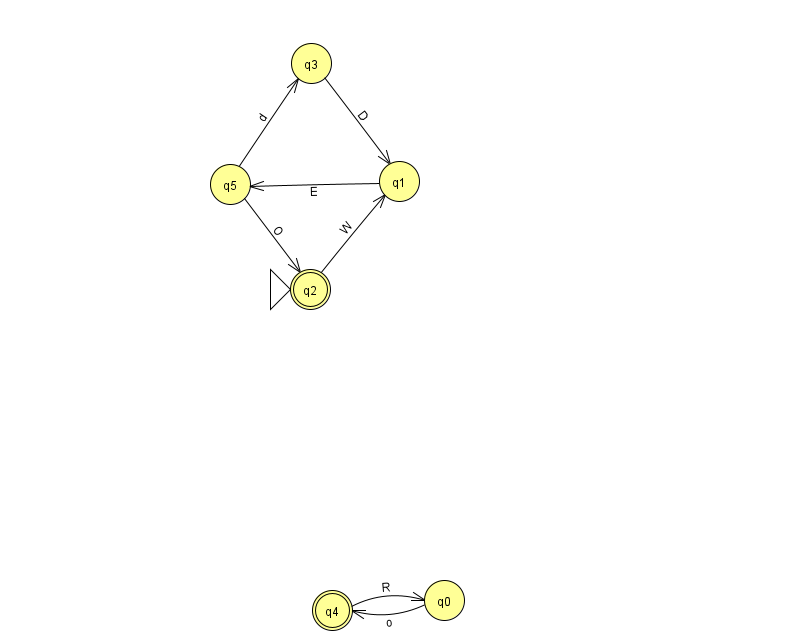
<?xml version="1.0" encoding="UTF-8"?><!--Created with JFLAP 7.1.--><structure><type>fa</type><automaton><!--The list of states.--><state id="0" name="q0"><x>444.0</x><y>587.0</y></state><state id="1" name="q1"><x>399.0</x><y>168.0</y></state><state id="2" name="q2"><x>310.0</x><y>276.0</y><initial/><final/></state><state id="3" name="q3"><x>311.0</x><y>50.0</y></state><state id="4" name="q4"><x>332.0</x><y>597.0</y><final/></state><state id="5" name="q5"><x>230.0</x><y>171.0</y></state><!--The list of transitions.--><transition><from>0</from><to>4</to><read>o</read></transition><transition><from>5</from><to>3</to><read>d</read></transition><transition><from>1</from><to>5</to><read>E</read></transition><transition><from>5</from><to>2</to><read>O</read></transition><transition><from>3</from><to>1</to><read>D</read></transition><transition><from>2</from><to>1</to><read>W</read></transition><transition><from>4</from><to>0</to><read>R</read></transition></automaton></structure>